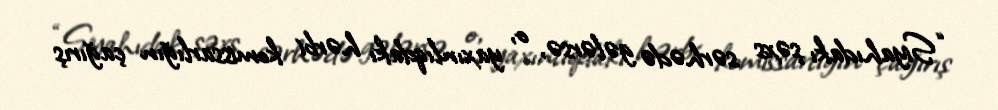
“Siyahıdakı şəxs sərhədə gələrsə, o, yaxınlıqdakı hərbi komissarlığın çağırış